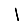
Digit: 1